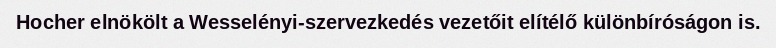
Hocher elnökölt a Wesselényi-szervezkedés vezetőit elítélő különbíróságon is.